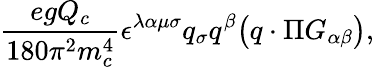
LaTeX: \frac{egQ_{c}}{180\pi^{2}m_{c}^{4}}\epsilon^{\lambda\alpha\mu\sigma}q_{\sigma}q^{\beta}\bigl(q\cdot\Pi G_{\alpha\beta}\bigr),